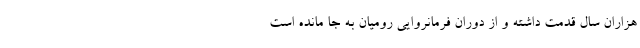
هزاران سال قدمت داشته و از دوران فرمانروایی رومیان به جا مانده است